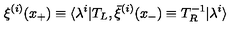
\xi ^ { ( i ) } ( x _ { + } ) \equiv \langle \lambda ^ { i } | T _ { L } , { } \bar { \xi } ^ { ( i ) } ( x _ { - } ) \equiv T _ { R } ^ { - 1 } | \lambda ^ { i } \rangle